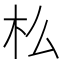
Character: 𣏈